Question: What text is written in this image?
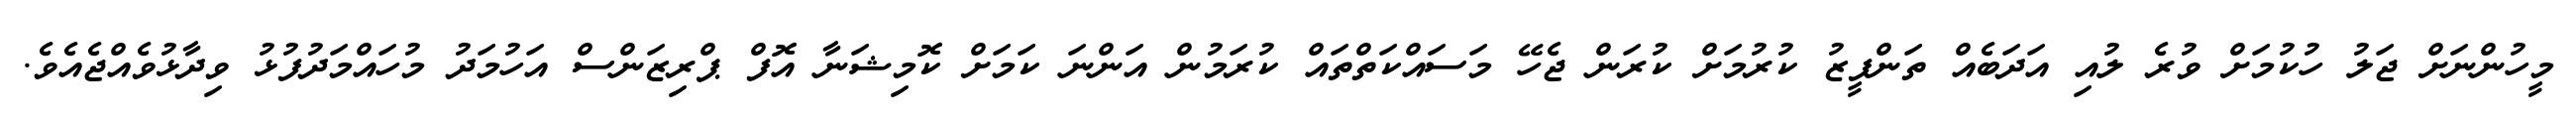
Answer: މީހުންނަށް ޖަލު ހުކުމަށް ވުރެ ލުއި އަދަބެއް ތަންފީޒު ކުރުމަށް ކުރަން ޖެހޭ މަސައްކަތްތައް ކުރަމުން އަންނަ ކަމަށް ކޮމިޝަނާ އޮފް ޕްރިޒަންސް އަހުމަދު މުހައްމަދުފުޅު ވިދާޅުވެއްޖެއެވެ.